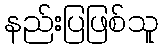
နည်းပြဖြစ်သူ